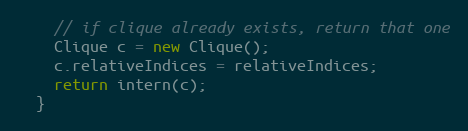
Language: Java
    // if clique already exists, return that one
    Clique c = new Clique();
    c.relativeIndices = relativeIndices;
    return intern(c);
  }